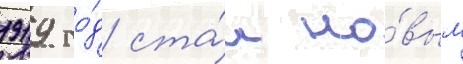
1919 го́д ста́л но́вым